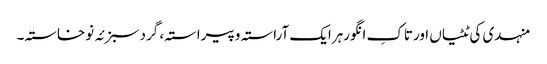
منہدی کی ٹٹیاں اورتاکِ انگورہرایک آراستہ وپیراستہ، گردسبزئہ نوخاستہ۔